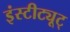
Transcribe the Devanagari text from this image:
इंस्टीट्यूट्